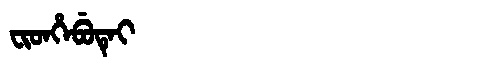
Manchu: ᠸᡳᡨᡥᡝᠪᡠᡨᡝᡳ
Romanization: FITHEBUTEI